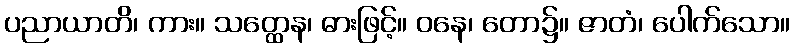
ပညာယာတိ၊ ကား။ သတ္ထေန၊ ဓားဖြင့်။ ဝနေ၊ တော၌။ ဇာတံ၊ ပေါက်သော။